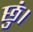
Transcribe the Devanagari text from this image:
छुं।